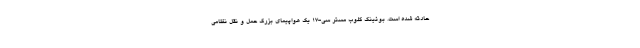
حادثه شده است. بوئینگ گلوب مستر سی-17 یک هواپیمای بزرگ حمل و نقل نظامی